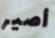
أصير